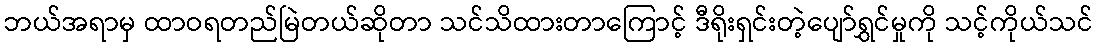
ဘယ်အရာမှ ထာဝရတည်မြဲတယ်ဆိုတာ သင်သိထားတာကြောင့် ဒီရိုးရှင်းတဲ့ပျော်ရွှင်မှုကို သင့်ကိုယ်သင်